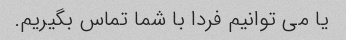
یا می توانیم فردا با شما تماس بگیریم.